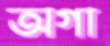
অগা